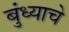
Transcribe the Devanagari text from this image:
बुंध्याचे